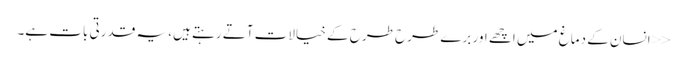
<<انسان کے دماغ میں اچھے اور برے طرح طرح کے خیالات آتے رہتے ہیں، یہ قدرتی بات ہے۔